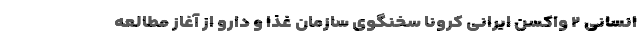
انسانی ۲ واکسن ایرانی کرونا سخنگوی سازمان غذا و دارو از آغاز مطالعه